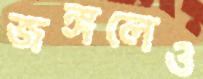
জঙ্গলেও